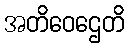
အတိဝေဌေတိ